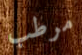
مرطب